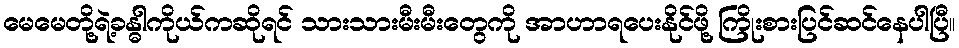
မေမေတို့ရဲ့ခန္ဓါကိုယ်ကဆိုရင် သားသားမီးမီးတွေကို အာဟာရပေးနိုင်ဖို့ ကြိုးစားပြင်ဆင်နေပါပြီ။